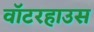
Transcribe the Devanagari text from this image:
वॉटरहाउस